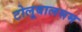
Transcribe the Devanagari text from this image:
टोलूबालसम